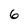
Character: 6